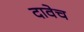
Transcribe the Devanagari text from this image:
दावेच